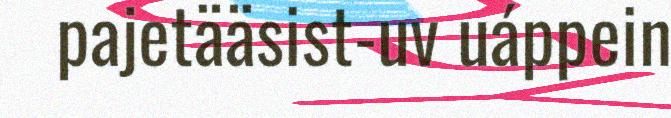
pajetääsist-uv uáppein